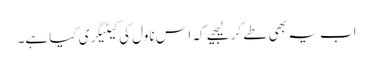
اب یہ بھی طے کر لیجیے کہ اس ناول کی کیٹیگری کیا ہے۔